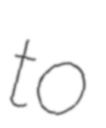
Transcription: to